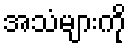
အသံများကို